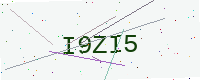
Text: I9ZI5